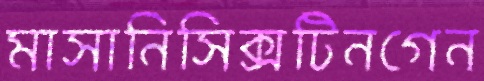
মাসানিসিক্সটিনগেন